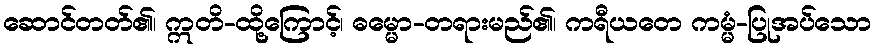
ဆောင်တတ်၏၊ ဣတိ-ထို့ကြောင့်၊ ဓမ္မော-တရားမည်၏၊ ကရီယတေ ကမ္မံ-ပြုအပ်သော